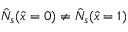
\hat { N } _ { s } ( \hat { x } = 0 ) \neq \hat { N } _ { s } ( \hat { x } = 1 )